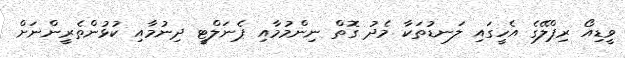
ވީޑިއޯ ރިޕްލޭގެ އެހީގައި ލަނޑުތަކާ މެދު ގޮތް ނިންމުމާއި ޕެނަލްޓީ ދިނުމާއި ކުޅުންތެރީންނަށް